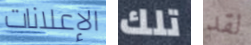
الإعلانات تلك لقد